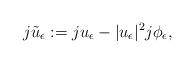
LaTeX: \begin{align*}j\tilde{u}_{\epsilon}:=ju_{\epsilon}-|u_{\epsilon}|^2j\phi_{\epsilon},\end{align*}